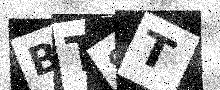
Text: BT8T